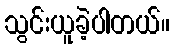
သွင်းယူခဲ့ပါတယ်။